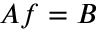
A f = B